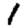
Digit: 1